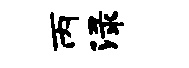
丙渌